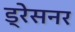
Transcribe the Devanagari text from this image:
ड्रेसनर